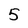
Character: 5